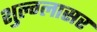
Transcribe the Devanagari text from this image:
शुल्‍ग्‍लासर